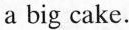
a big cake.